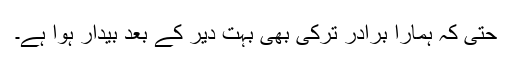
حتیٰ کہ ہمارا برادر ترکی بھی بہت دیر کے بعد بیدار ہوا ہے۔